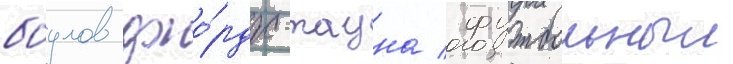
боулов джо́рдж-тауна / футбольныи